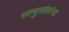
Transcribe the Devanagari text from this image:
साधुसंतांना